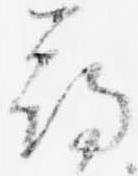
尋